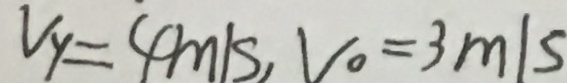
V _ { y } = 4 m / s , V _ { 0 } = 3 m / s